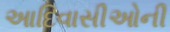
આદિવાસીઓની